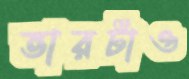
ভারটাও